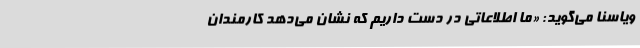
ویاسنا می‌گوید: «ما اطلاعاتی در دست داریم که نشان می‌دهد کارمندان